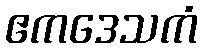
ဧကဒေသကံ